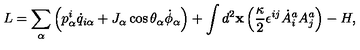
L = \sum _ { \alpha } \left( p _ { \alpha } ^ { i } \dot { q } _ { i \alpha } + J _ { \alpha } \cos \theta _ { \alpha } \dot { \phi } _ { \alpha } \right) + \int d ^ { 2 } { \bf x } \left( { \frac { \kappa } { 2 } } \epsilon ^ { i j } \dot { A } _ { i } ^ { a } A _ { j } ^ { a } \right) - H ,